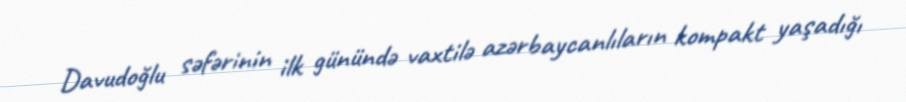
Davudoğlu səfərinin ilk günündə vaxtilə azərbaycanlıların kompakt yaşadığı